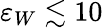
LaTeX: \varepsilon_{W}\lesssim 10